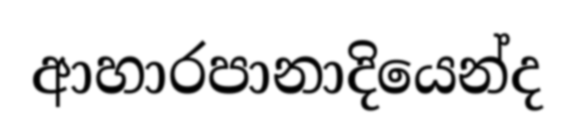
ආහාරපානාදියෙන්ද